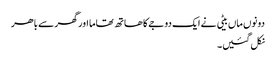
دونوں ماں بیٹی نے ایک دوجے کا ھاتھ تھاما اور گھر سے باھر
نکل گئیں۔